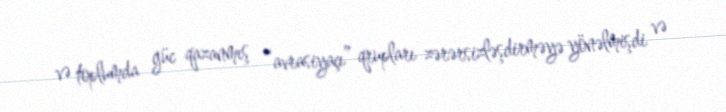
və toplumda güc qazanmış “avrasiyaçı” qrupları zərərsizləşdirməyə yönəlmişdi və